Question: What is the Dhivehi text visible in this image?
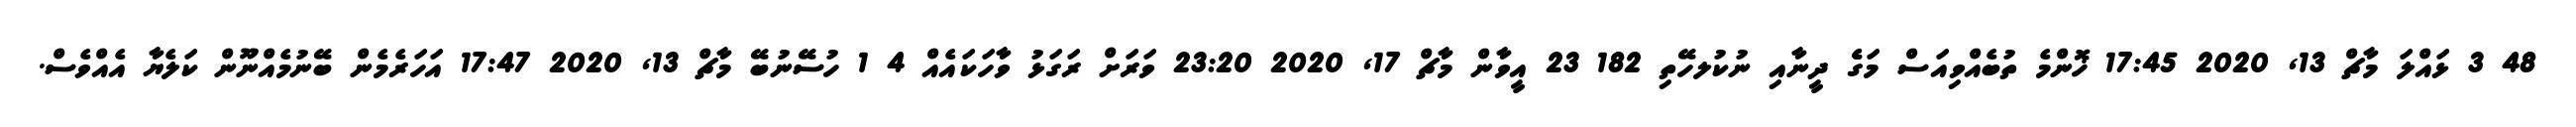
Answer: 48 3 ޅައްލަ މާޗް 13, 2020 17:45 ޚޮންމެ ތުބެއްވިއަސް މަގެެ ދީނާއި ނުކުލހޭތި 182 23 އީވާން މާޗް 17, 2020 23:20 ވަރަށް ރަގަޅު ވާހަކައެއް 4 1 ހުސޭނުބޭ މާޗް 13, 2020 17:47 އަހަރެމެން ބޭނުމެއްނޫން ކަލެޔާ އެއްވެސް.